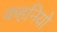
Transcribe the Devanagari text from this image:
कहनियो